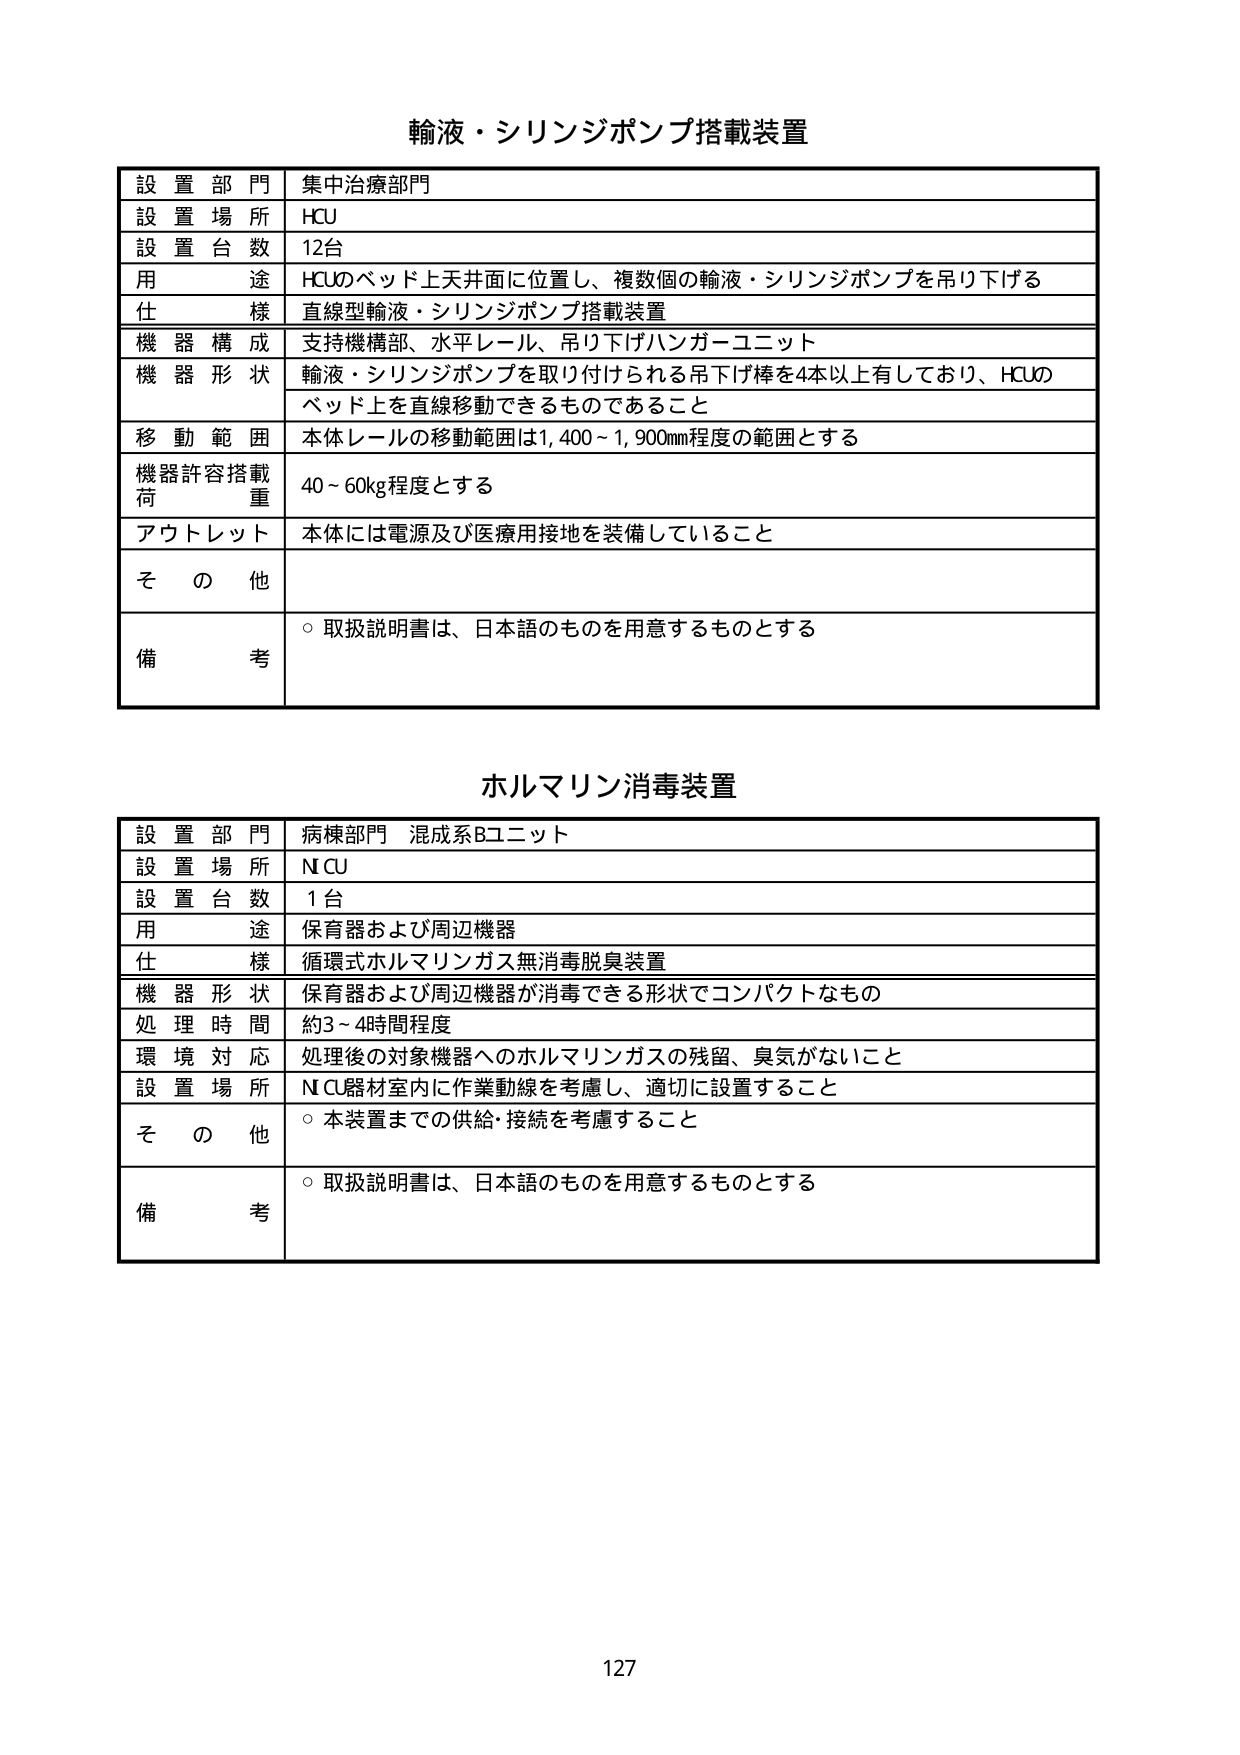
輸液・シリンジポンプ搭載装置

設置部門　集中治療部門
設置場所　HCU
設置台数　12台
用途　HCUのベッド上天井面に位置し、複数個の輸液・シリンジポンプを吊り下げる
仕様　直線型輸液・シリンジポンプ搭載装置
機器構成　支持機構部、水平レール、吊り下げハンガーユニット
機器形状　輸液・シリンジポンプを取り付けられる吊下げ棒を4本以上有しており、HCUの
　　　　　ベッド上を直線移動できるものであること
移動範囲　本体レールの移動範囲は1,400～1,900mm程度の範囲とする
機器許容搭載荷重　40～60kg程度とする
アウトレット　本体には電源及び医療用接地を装備していること
その他
備考　○取扱説明書は、日本語のものを用意するものとする

ホルマリン消毒装置

設置部門　病棟部門　混成系Bユニット
設置場所　NCU
設置台数　1台
用途　保育器および周辺機器
仕様　循環式ホルマリンガス無消毒脱臭装置
機器形状　保育器および周辺機器が消毒できる形状でコンパクトなもの
処理時間　約3～4時間程度
環境対応　処理後の対象機器へのホルマリンガスの残留、臭気がないこと
設置場所　NCU器材室内に作業動線を考慮し、適切に設置すること
その他　○本装置までの供給・接続を考慮すること
備考　○取扱説明書は、日本語のものを用意するものとする

127